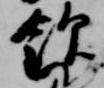
飲